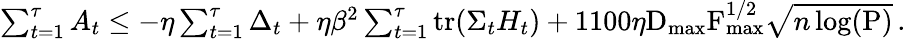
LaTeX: \begin{array}{r}{\sum_{t=1}^{\tau}A_{t}\leq-\eta\sum_{t=1}^{\tau}\Delta_{t}+\eta\beta^{2}\sum_{t=1}^{\tau}\operatorname{tr}(\Sigma_{t}H_{t})+1100\eta\textrm{D}_{\operatorname*{max}}\textrm{F}_{\operatorname*{max}}^{1/2}\sqrt{n\log(\textrm{P})}\, .}\end{array}